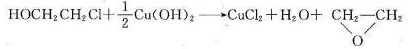
\mathrm{HOCH}_{2} \mathrm{CH}_{2} \mathrm{Cl}+\frac{1}{2} \mathrm{Cu}(\mathrm{OH})_{2} \longrightarrow \mathrm{CuCl}_{2}+\mathrm{H}_{2} \mathrm{O}+\underset{\mathrm{O}}{\mathrm{CH}_{2}-\mathrm{CH}_{2}}